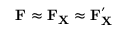
\mathbf { F } \approx \mathbf { F } _ { \mathbf { X } } \approx \mathbf { F } _ { \mathbf { X } } ^ { \prime }